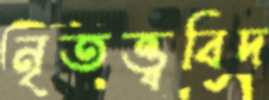
নৃতত্ত্ববিদ